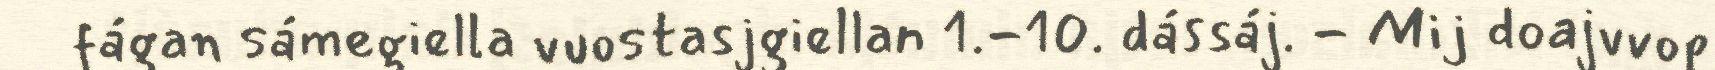
fágan sámegiella vuostasjgiellan 1.-10. dássáj. - Mij doajvvop